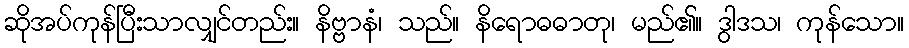
ဆိုအပ်ကုန်ပြီးသာလျှင်တည်း။ နိဗ္ဗာနံ၊ သည်။ နိရောဓဓာတု၊ မည်၏။ ဒွါဒသ၊ ကုန်သော။